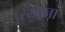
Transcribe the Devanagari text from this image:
त्‍यांनां